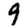
Digit: 9